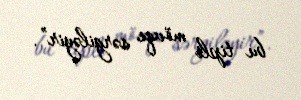
bu tipli mövqe sərgiləyir”.